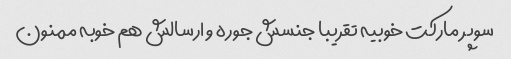
سوپر مارکت خوبیه تقریبا جنسش جوره و ارسالش هم خوبه ممنون